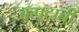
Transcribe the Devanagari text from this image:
कपटाची